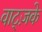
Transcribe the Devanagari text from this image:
वाट्ज़के